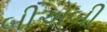
બીએબી